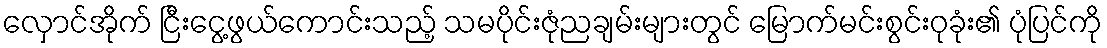
လှောင်အိုက် ငြီးငွေ့ဖွယ်ကောင်းသည့် သမပိုင်းဇုံညချမ်းများတွင် မြောက်မင်းစွင်းဝုခုံး၏ ပုံပြင်ကို